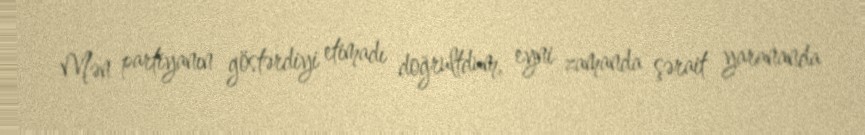
Mən partiyanın göstərdiyi etimadı doğrultdum, eyni zamanda şərait yarananda